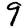
Digit: 9